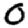
Digit: 0